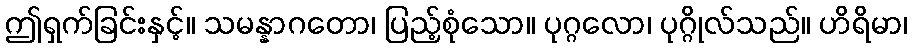
ဤရှက်ခြင်းနှင့်။ သမန္နာဂတော၊ ပြည့်စုံသော။ ပုဂ္ဂလော၊ ပုဂ္ဂိုလ်သည်။ ဟိရိမာ၊